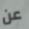
عن